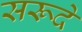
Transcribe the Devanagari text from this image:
सरूदे